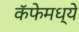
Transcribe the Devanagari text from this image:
कॅफेमध्ये